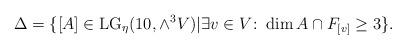
LaTeX: \begin{align*} \Delta=\{ [A]\in \mathrm{LG}_\eta(10,\wedge^3V)| \exists v\in V \colon \dim A\cap F_{[v]}\geq 3 \}. \end{align*}